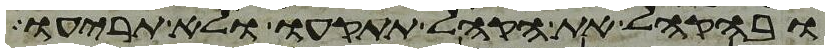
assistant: ובהקהל את הקהל תתקעו ולא תריעו